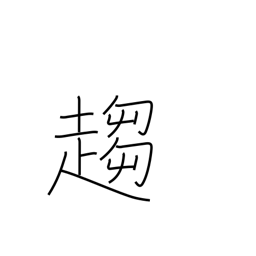
Meaning: tend towards